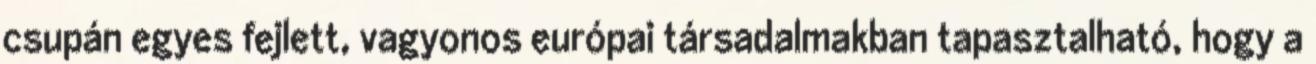
csupán egyes fejlett, vagyonos európai társadalmakban tapasztalható, hogy a